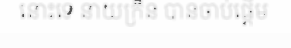
នោះទេ នាយក្រិន បានចាប់ផ្តើម